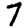
Digit: 7